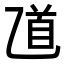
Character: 𠃺